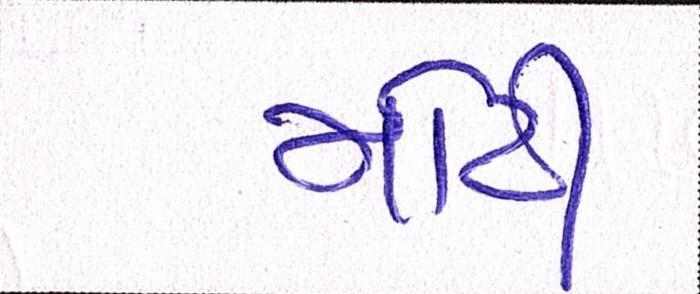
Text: મોટી